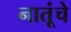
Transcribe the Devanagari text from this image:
नातूंचे